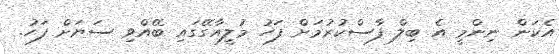
އެކަން ނިންމީ އެ ބިލް ފާސްކުރުމަށް ފަހު މުލީއާގޭގައި ބޭއްވި ސަޔަށް ފަހު.